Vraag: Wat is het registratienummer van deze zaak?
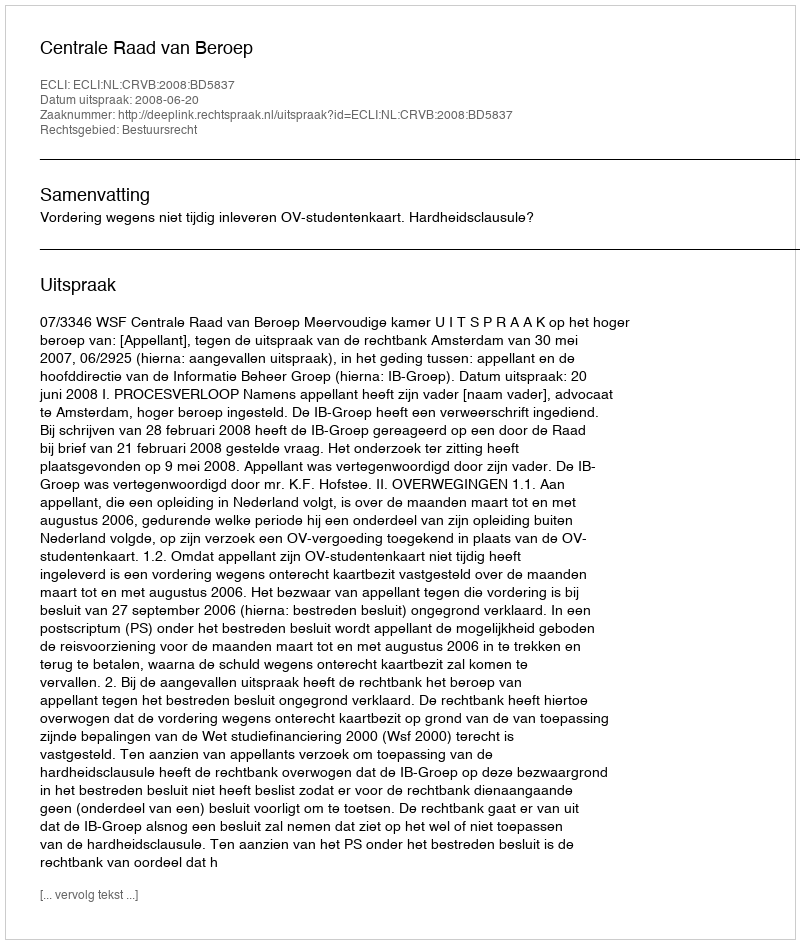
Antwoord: http://deeplink.rechtspraak.nl/uitspraak?id=ECLI:NL:CRVB:2008:BD5837